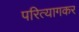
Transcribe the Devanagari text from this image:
परित्यागकर